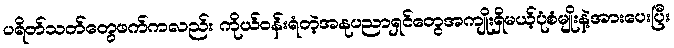
ပရိတ်သတ်တွေဖက်ကလည်း ကိုယ်ဝန်းရံတဲ့အနုပညာရှင်တွေအကျိုးရှိမယ့်ပုံစံမျိုးနဲ့အားပေးပြီး